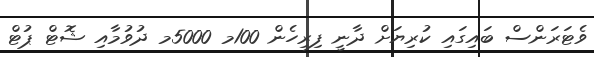
ވެޓަރަންސް ބައިގައި ކުރިޔަށް ދާނީ ފިރިހެން 100މ 5000މ ދުވުމާއި ޝޮޓް ޕުޓް